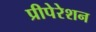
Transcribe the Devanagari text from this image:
प्रीपेरेशन